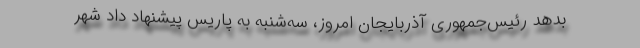
بدهد رئیس‌جمهوری آذربایجان امروز، سه‌شنبه به پاریس پیشنهاد داد شهر